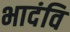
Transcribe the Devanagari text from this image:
भादंवि